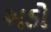
અડો